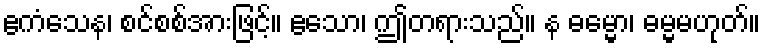
ဧကံသေန၊ စင်စစ်အားဖြင့်။ ဧသော၊ ဤတရားသည်။ န ဓမ္မော၊ ဓမ္မမဟုတ်။